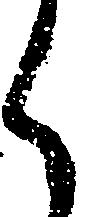
く